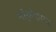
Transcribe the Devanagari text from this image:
नोर्सेफायर